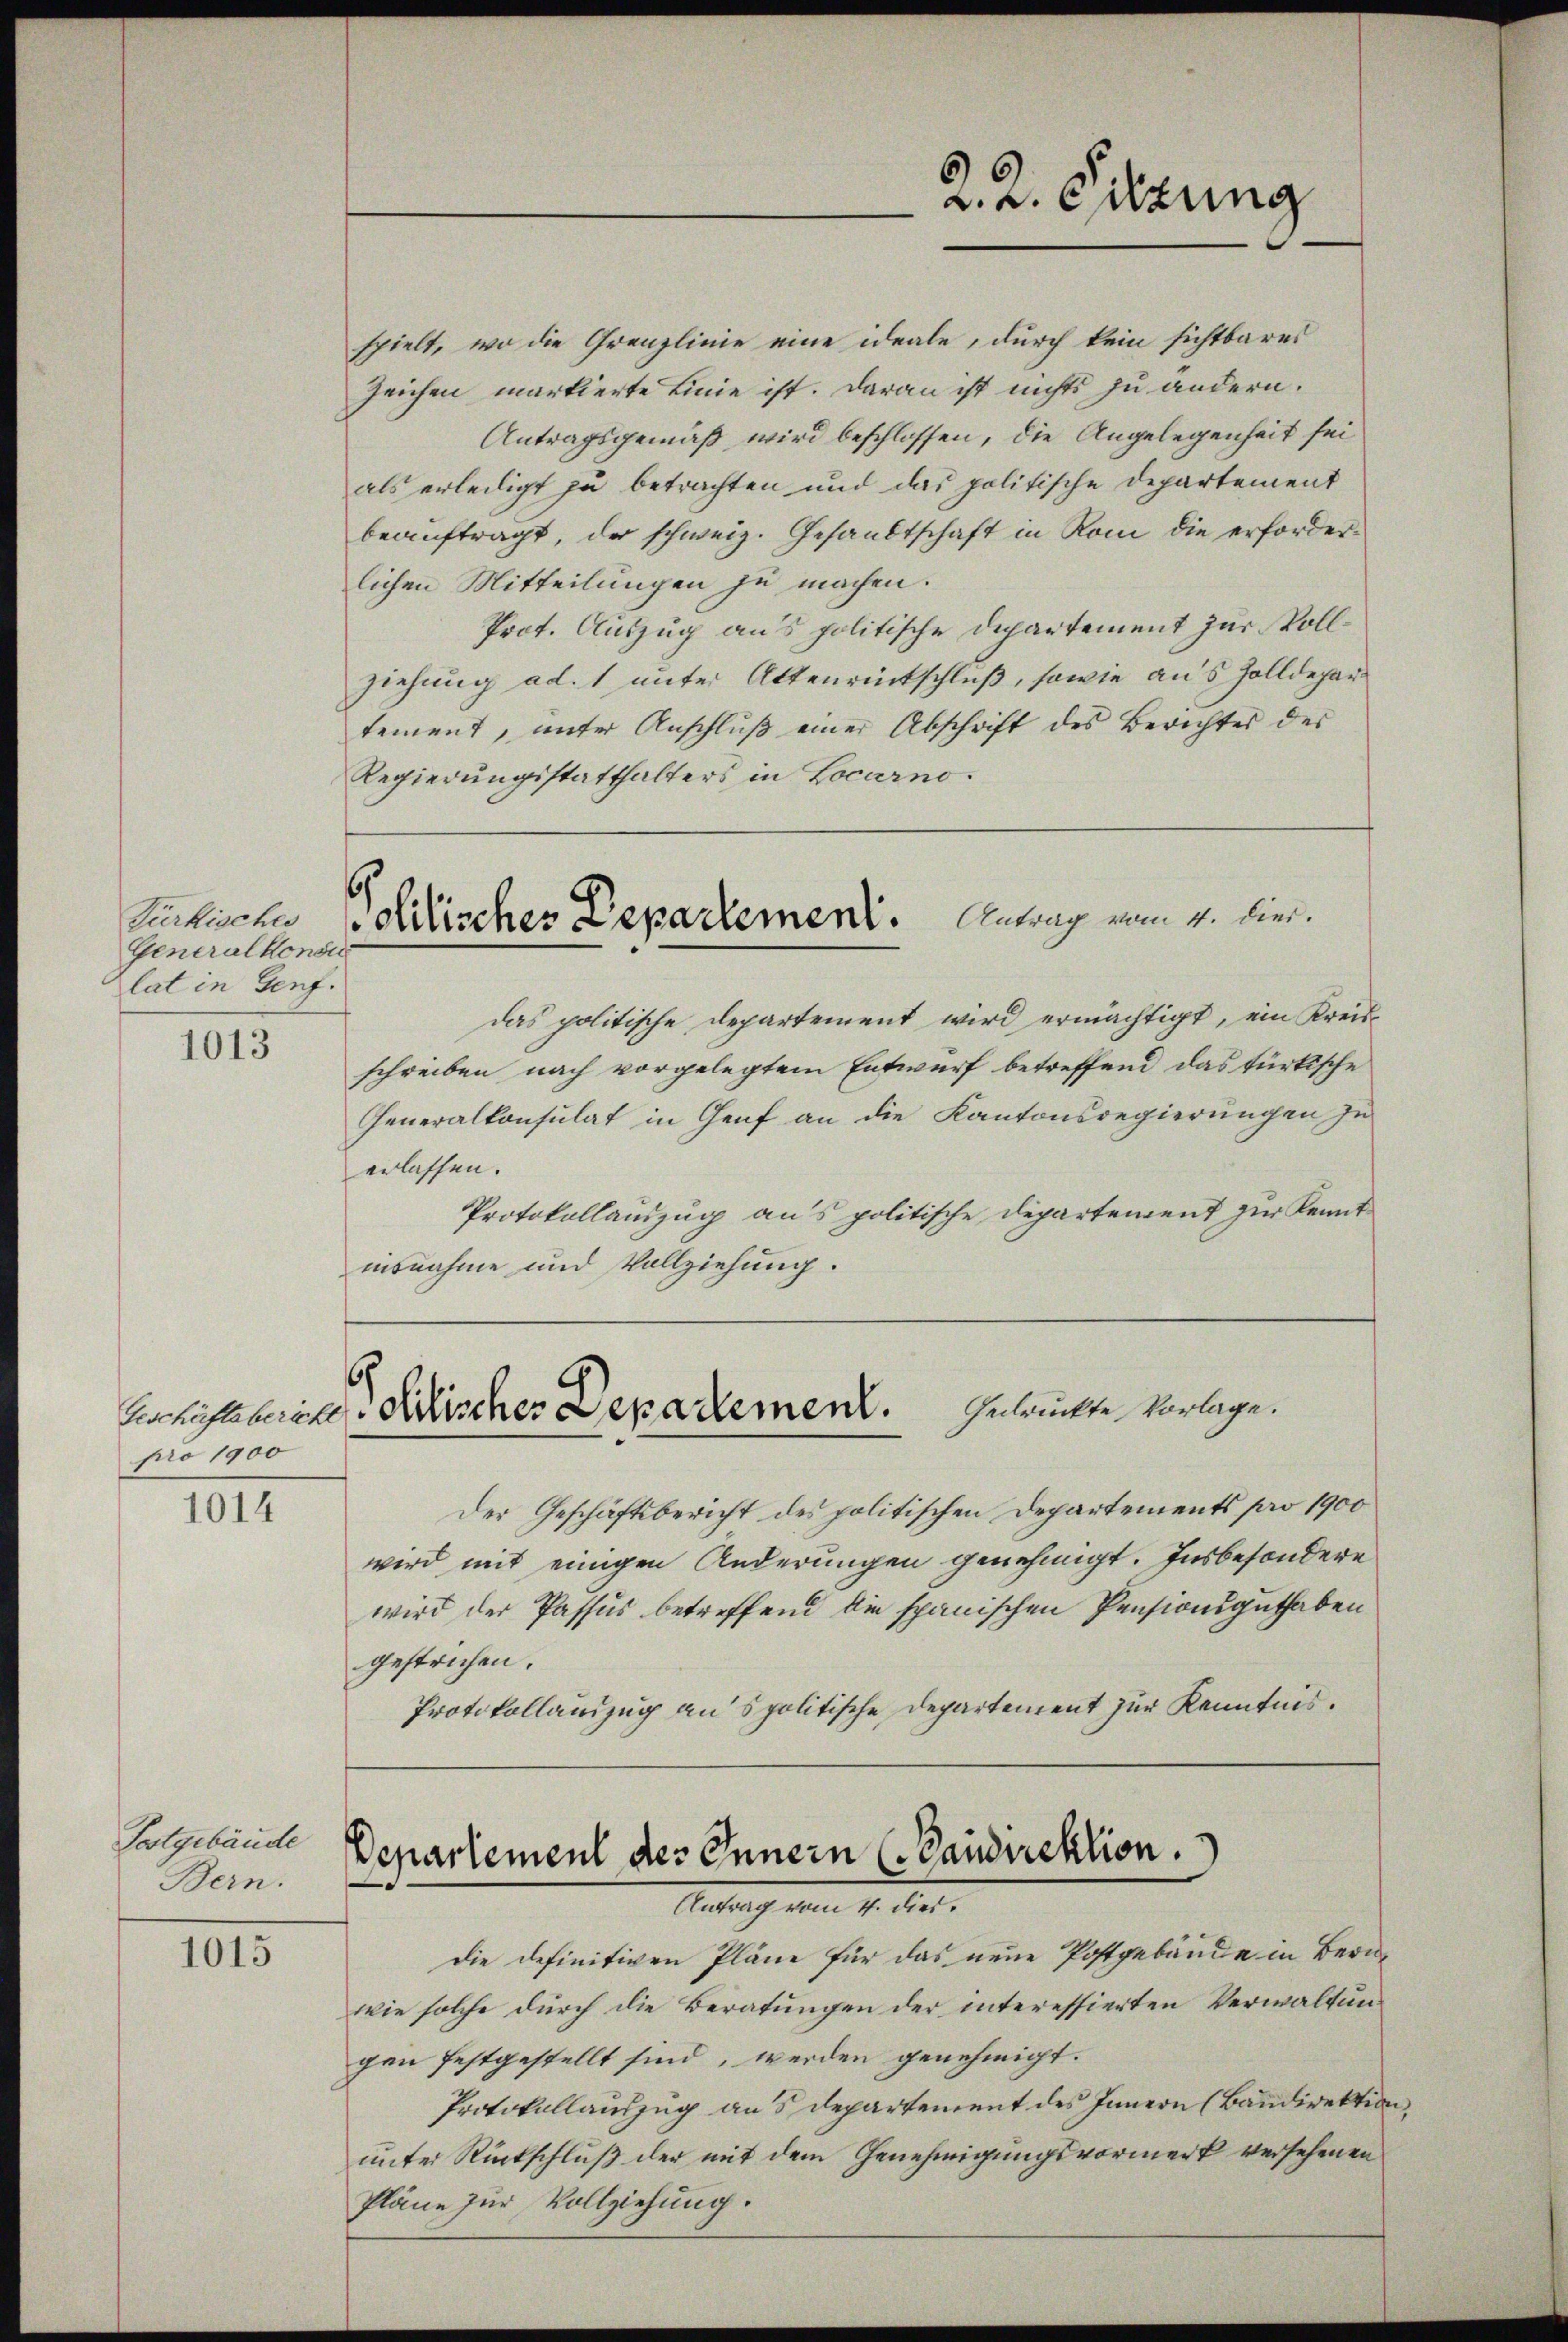
Generalkonsu
lat in Genf.

1013

pro 1900

1014

Postgebäude
Bern.

1015

spielt, wo die Grenzlinie eine ideale, durch kein sichtbares
Zeichen markierte Linie ist. Daran ist nichts zu andern.
Antragsgemäß wird beschlossen, die Angelegenheit sei
als erleidigt zu betrachten und das politische Departement
beauftragt, der schweiz. Gesandtschaft in Rom die erforderlichen Mitteilungen zu machen.
Prot. Auszug aus politische Departement zur Vollziehung ad. 1 unter Attenrückschluß, sowie aus Zolldepar
tement, unter Anschluß einer Abschrift des Berichtes des
Regierungsstatthalters in Locarno.

ückische Politisches Departement. Antrag vom 4. Dier.

das politische Departement wird ermächtigt, ein Kreisschreiben nach vorgelegtem Entwurf betreffend das türkische
Generalkonsulat in Genf an die Kantonsregierungen in
erlassen.
Protokollauszug aus politische Departement zur Kennt
insnahme und Vollziehung.

2. 2. Sitzung

Gedrückte Vorlage.
Berchriften in discher Departement.

Departement des Innern (Candirektion.
Antrag vom 4. dies

Der Geschäftsbericht des politischen Departements pro 1900
wird mit einigen Anderungen genehmigt. Insbesondere
wird der Passus betreffend die spanischen Pensionsguthaben
gestrichen.
Protokollauszug anspolitische Departement zur Kenntnis.

Die definitiven Pläne für das neue Postgebäude in Beruwie solche durch die Beratungen der interessierten Verwaltungen festgestellt sind, werden genehmigt.
Protokollauszug aus Departement des Innern (Bandirektion,
unter Rückschluß der mit dem Genehmigungsvormerk versehenen
Pläne zur Vollziehung.